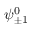
\psi _ { \pm 1 } ^ { 0 }